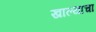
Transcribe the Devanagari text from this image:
खाल्याचा